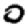
Digit: 0